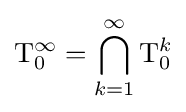
\mathrm {T} _{0}^{\infty }=\bigcap _{k=1}^{\infty }\mathrm {T} _{0}^{k}